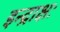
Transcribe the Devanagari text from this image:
इन्द्राक्षः